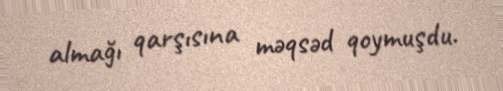
almağı qarşısına məqsəd qoymuşdu.